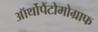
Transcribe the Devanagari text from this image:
ऑर्थोपैंटोमोग्राफ